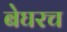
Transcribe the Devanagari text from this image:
बेघरच